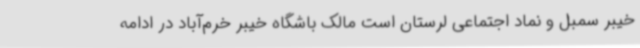
خیبر سمبل و نماد اجتماعی لرستان است مالک باشگاه خیبر خرم‌آباد در ادامه